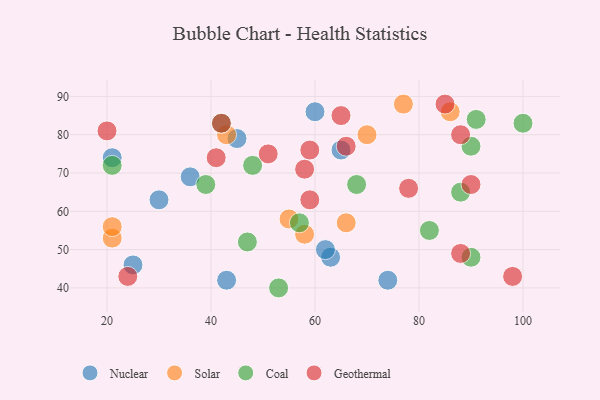
{"axis": {"x": "GDP", "y": "Life Expectancy"}, "legend": ["Coal", "Geothermal", "Nuclear", "Solar"], "data": [{"x": "25", "y": 46, "type": "Nuclear"}, {"x": "43", "y": 42, "type": "Nuclear"}, {"x": "21", "y": 74, "type": "Nuclear"}, {"x": "60", "y": 86, "type": "Nuclear"}, {"x": "74", "y": 42, "type": "Nuclear"}, {"x": "36", "y": 69, "type": "Nuclear"}, {"x": "63", "y": 48, "type": "Nuclear"}, {"x": "45", "y": 79, "type": "Nuclear"}, {"x": "65", "y": 76, "type": "Nuclear"}, {"x": "62", "y": 50, "type": "Nuclear"}, {"x": "30", "y": 63, "type": "Nuclear"}, {"x": "55", "y": 58, "type": "Solar"}, {"x": "21", "y": 53, "type": "Solar"}, {"x": "70", "y": 80, "type": "Solar"}, {"x": "43", "y": 80, "type": "Solar"}, {"x": "77", "y": 88, "type": "Solar"}, {"x": "86", "y": 86, "type": "Solar"}, {"x": "21", "y": 56, "type": "Solar"}, {"x": "66", "y": 57, "type": "Solar"}, {"x": "58", "y": 54, "type": "Solar"}, {"x": "88", "y": 65, "type": "Coal"}, {"x": "100", "y": 83, "type": "Coal"}, {"x": "48", "y": 72, "type": "Coal"}, {"x": "90", "y": 77, "type": "Coal"}, {"x": "82", "y": 55, "type": "Coal"}, {"x": "42", "y": 83, "type": "Coal"}, {"x": "39", "y": 67, "type": "Coal"}, {"x": "21", "y": 72, "type": "Coal"}, {"x": "91", "y": 84, "type": "Coal"}, {"x": "47", "y": 52, "type": "Coal"}, {"x": "68", "y": 67, "type": "Coal"}, {"x": "57", "y": 57, "type": "Coal"}, {"x": "90", "y": 48, "type": "Coal"}, {"x": "53", "y": 40, "type": "Coal"}, {"x": "51", "y": 75, "type": "Geothermal"}, {"x": "58", "y": 71, "type": "Geothermal"}, {"x": "88", "y": 80, "type": "Geothermal"}, {"x": "20", "y": 81, "type": "Geothermal"}, {"x": "42", "y": 83, "type": "Geothermal"}, {"x": "41", "y": 74, "type": "Geothermal"}, {"x": "65", "y": 85, "type": "Geothermal"}, {"x": "90", "y": 67, "type": "Geothermal"}, {"x": "24", "y": 43, "type": "Geothermal"}, {"x": "88", "y": 49, "type": "Geothermal"}, {"x": "59", "y": 76, "type": "Geothermal"}, {"x": "78", "y": 66, "type": "Geothermal"}, {"x": "98", "y": 43, "type": "Geothermal"}, {"x": "66", "y": 77, "type": "Geothermal"}, {"x": "59", "y": 63, "type": "Geothermal"}, {"x": "85", "y": 88, "type": "Geothermal"}]}